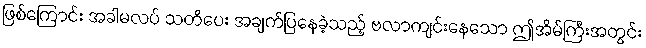
ဖြစ်ကြောင်း အခါမလပ် သတိပေး အချက်ပြနေခဲ့သည့် ဗလာကျင်းနေသော ဤအိမ်ကြီးအတွင်း